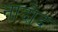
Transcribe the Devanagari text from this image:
नांदोद